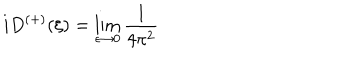
i D ^ { \left( + \right) } ( \xi ) = \lim _ { \epsilon \rightarrow 0 } \frac { 1 } { 4 \pi ^ { 2 } }